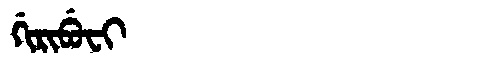
Manchu: ᡤᡳᡵᡳᠪᡠᠸᡳ
Romanization: GIRIBUFI